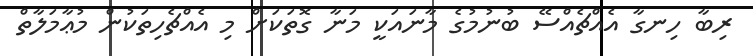
ރިބާ ހިނގާ އެއްޗެއްސޭ ބުނުމުގެ މާނައަކީ މަނާ ގޮތަކަށް މި އެއްޗެހިތަކުން މުޢާމަލާތް